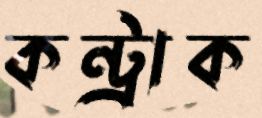
কন্ট্রাক